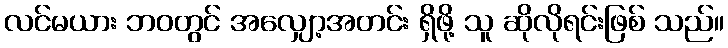
လင်မယား ဘဝတွင် အလျှော့အတင်း ရှိဖို့ သူ ဆိုလိုရင်းဖြစ် သည်။